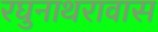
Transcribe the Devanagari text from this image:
रघुनाथरावास